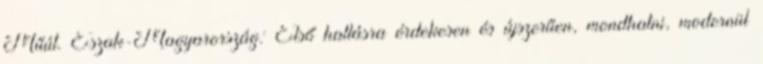
Műút. Észak-Magyarország: Első hallásra érdekesen és újszerűen, mondhatni, modernül